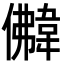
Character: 𩎵